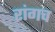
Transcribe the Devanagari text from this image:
रांगच